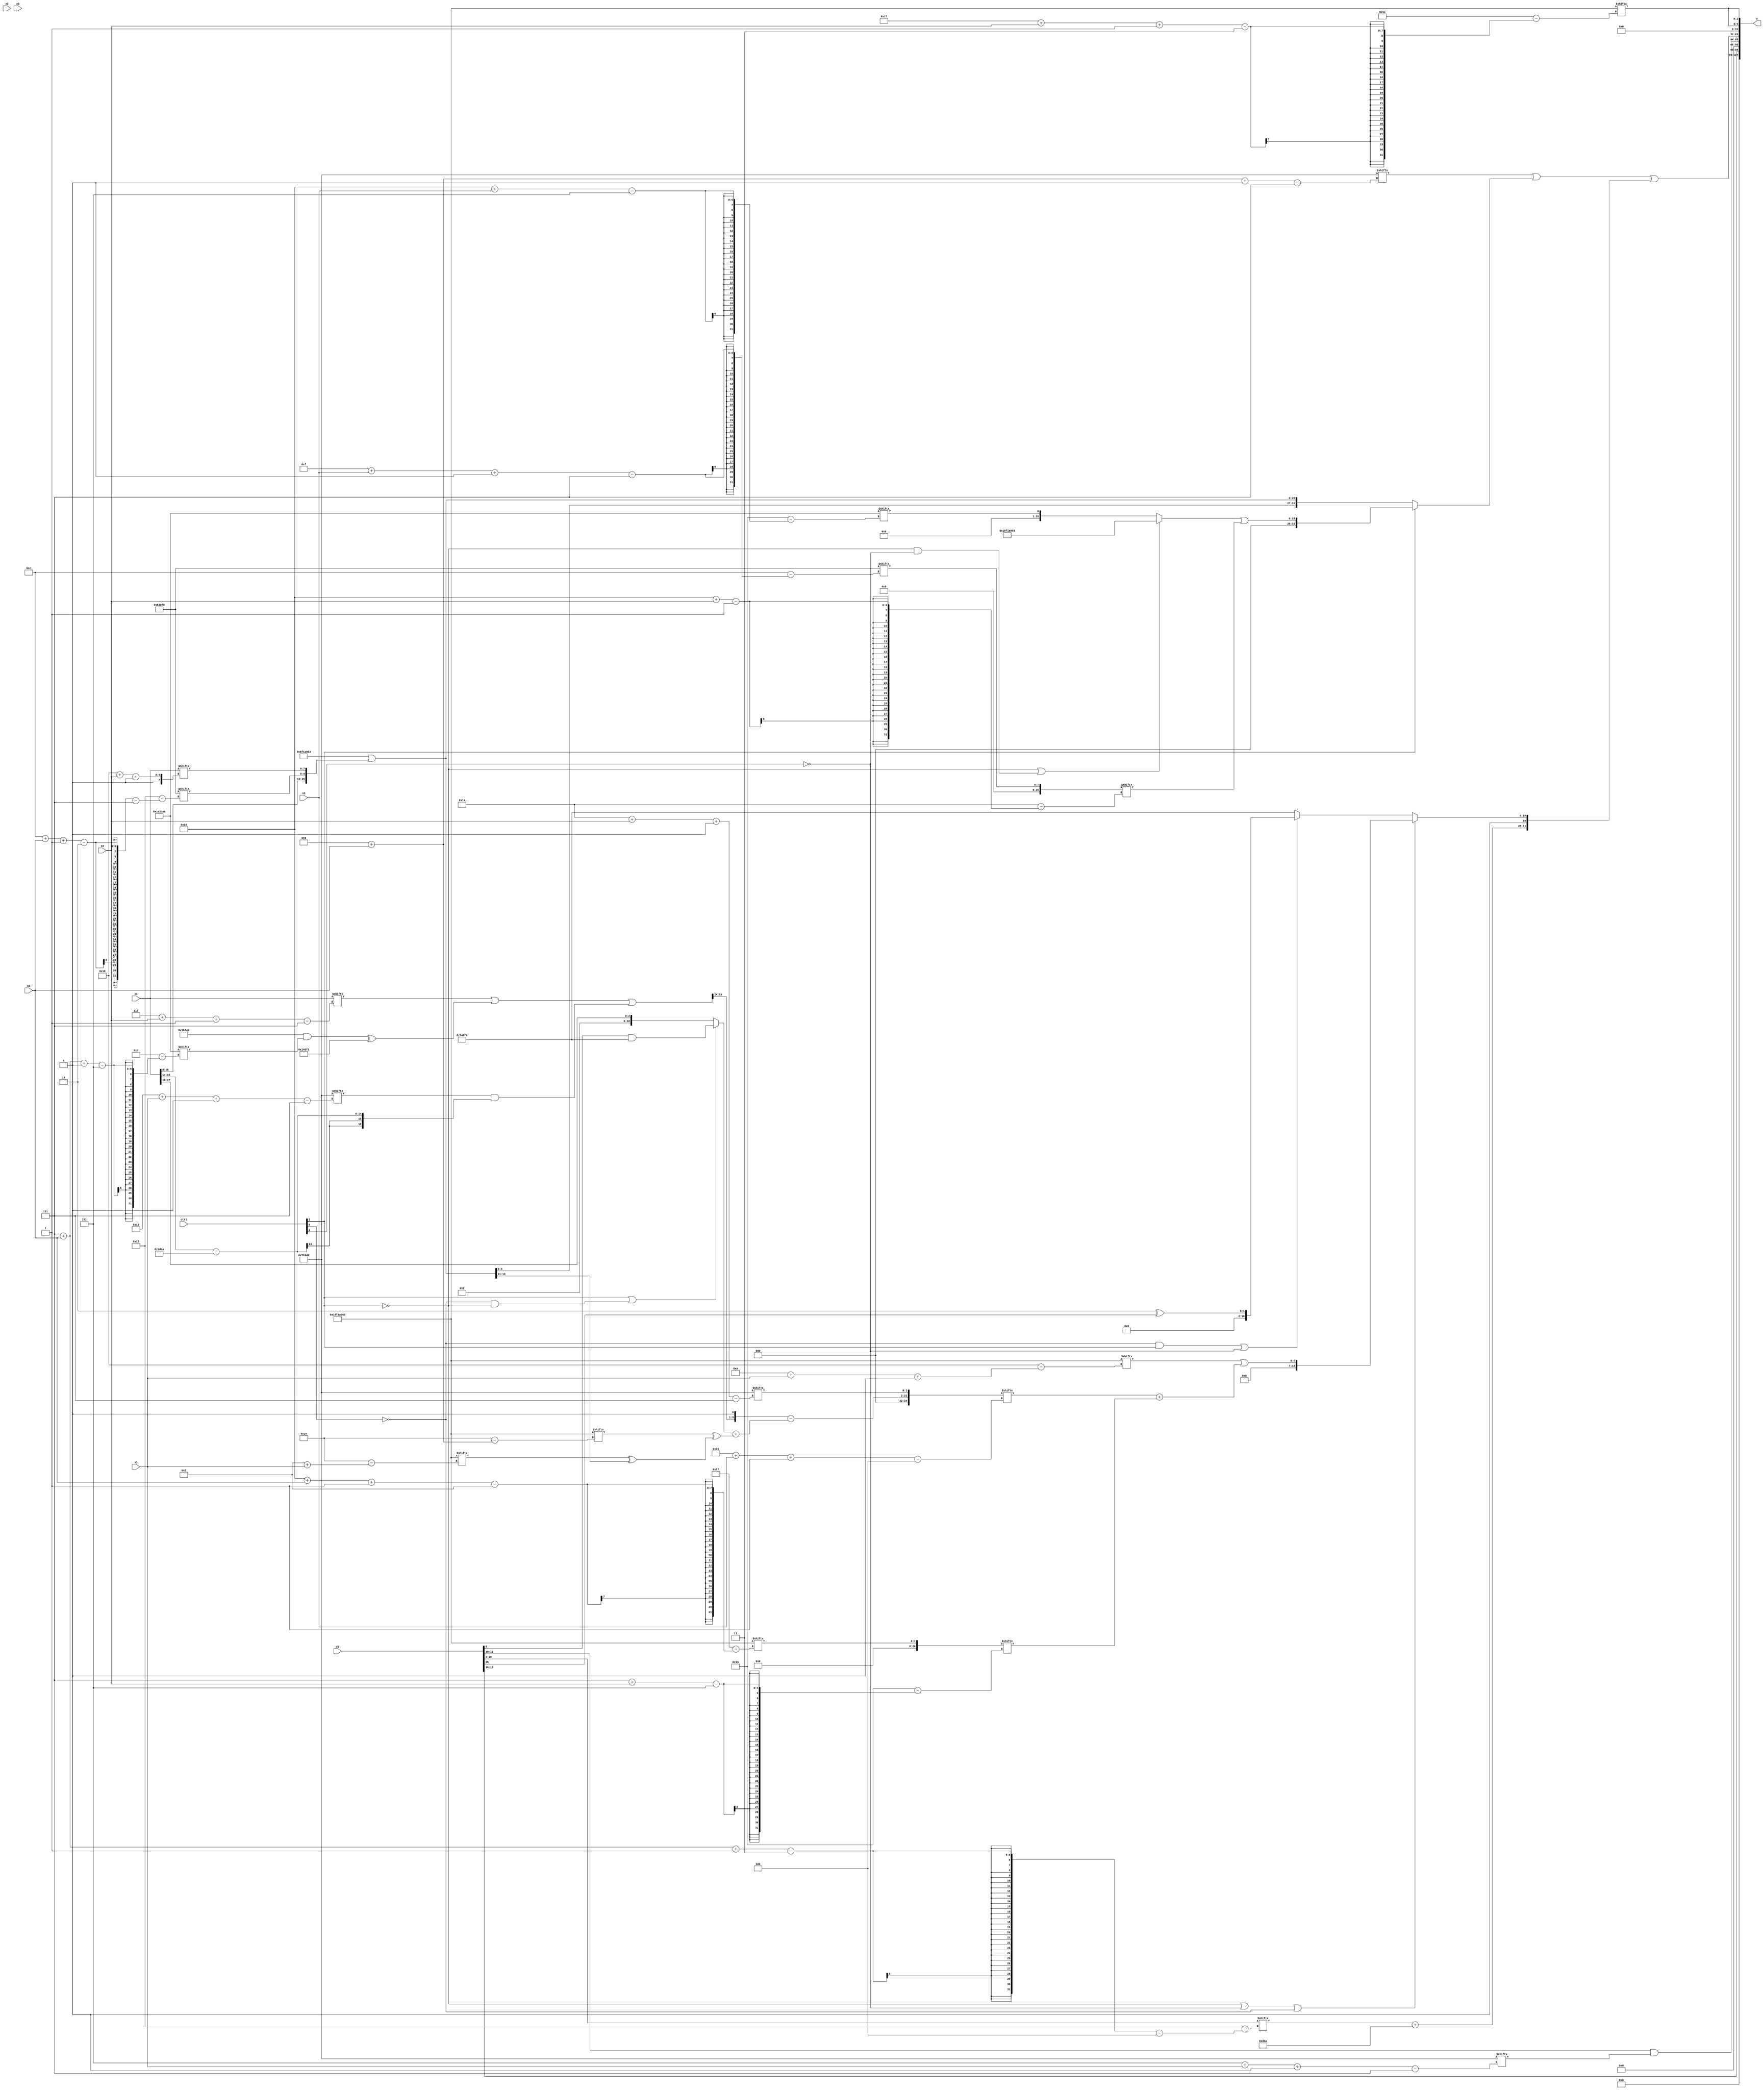
module partsel_00789(ctrl, s0, s1, s2, s3, x0, x1, x2, x3, y);
  input [3:0] ctrl;
  input [2:0] s0;
  input [2:0] s1;
  input [2:0] s2;
  input [2:0] s3;
  input [31:0] x0;
  input [31:0] x1;
  input [31:0] x2;
  input [31:0] x3;
  wire [3:27] x4;
  wire [3:29] x5;
  wire signed [6:31] x6;
  wire signed [4:24] x7;
  wire signed [6:27] x8;
  wire [24:0] x9;
  wire [31:1] x10;
  wire signed [4:31] x11;
  wire signed [1:27] x12;
  wire signed [0:28] x13;
  wire signed [25:6] x14;
  wire signed [5:25] x15;
  output [127:0] y;
  wire [31:0] y0;
  wire signed [31:0] y1;
  wire [31:0] y2;
  wire [31:0] y3;
  assign y = {y0,y1,y2,y3};
  localparam [0:30] p0 = 384933891;
  localparam signed [5:25] p1 = 333327786;
  localparam signed [7:26] p2 = 330645744;
  localparam signed [26:7] p3 = 340243264;
  assign x4 = (!ctrl[3] && ctrl[1] && ctrl[3] ? (x1[15 +: 1] | ({p1[14 + s3 -: 3], {2{(x2[9 + s3 -: 2] | p1[27 + s2 +: 7])}}} & (ctrl[1] || ctrl[1] || ctrl[0] ? x2 : p1[14 -: 2]))) : {(x2[13 +: 2] & p3), (p3[16 -: 4] - p3)});
  assign x5 = {2{(p0 | {{2{{x1, p2[12 + s2 -: 2]}}}, x1[24 + s0 +: 8]})}};
  assign x6 = {2{p1}};
  assign x7 = x0;
  assign x8 = {((((x5[18] & p0[11 + s3 +: 5]) & (ctrl[0] || !ctrl[2] || ctrl[0] ? x2 : x6)) ^ {(ctrl[2] || ctrl[3] || ctrl[3] ? p3[13 +: 1] : (x2[22] | p1[8 + s1])), {p3[29 + s3 -: 2], x5[8 +: 3]}}) + x0[19 + s1 -: 5]), ((x1[6 + s0 -: 7] | ((p3 & p1[7 + s2 +: 8]) ^ {2{p2}})) | (p3[21 + s1 +: 1] & (x1[15 -: 2] - {p2, x6})))};
  assign x9 = {({x8[13 -: 3], p1[19]} - ((ctrl[1] || !ctrl[0] && !ctrl[1] ? (x7[16] & p2) : x1[17 -: 3]) + (p0[9 + s2] ^ (p0[8 + s1] ^ x5[18 -: 3])))), p3[26 + s0 +: 2]};
  assign x10 = x8;
  assign x11 = x7[7 + s2 -: 3];
  assign x12 = p2[15 + s3 +: 8];
  assign x13 = x7;
  assign x14 = ((p0[21 + s0 +: 8] + {x1[30 + s0 +: 4], p2}) | p1);
  assign x15 = p0[16 + s2 -: 8];
  assign y0 = x0[16 +: 3];
  assign y1 = (x7[14 -: 2] & p3[5 + s1 +: 2]);
  assign y2 = (((!ctrl[1] && !ctrl[1] && ctrl[1] ? {2{((p0[16 +: 4] & p0[12 +: 1]) & (p2[10 +: 3] - x8))}} : p3[9 + s2 +: 4]) | (ctrl[1] && ctrl[1] || ctrl[1] ? ((!ctrl[1] || !ctrl[1] && !ctrl[3] ? p0 : p1[16 + s3]) | x12[16 + s0]) : {2{x5}})) | {2{{(x11 + {2{p1}}), (!ctrl[1] || !ctrl[3] || !ctrl[0] ? (p0[10 + s1 +: 7] | (x9[22 + s3 -: 4] + x15[7 + s0])) : (!ctrl[0] && ctrl[1] || !ctrl[3] ? (p3[14 +: 2] ^ x0[15]) : p2))}}});
  assign y3 = {2{p0[31 + s0 -: 3]}};
endmodule